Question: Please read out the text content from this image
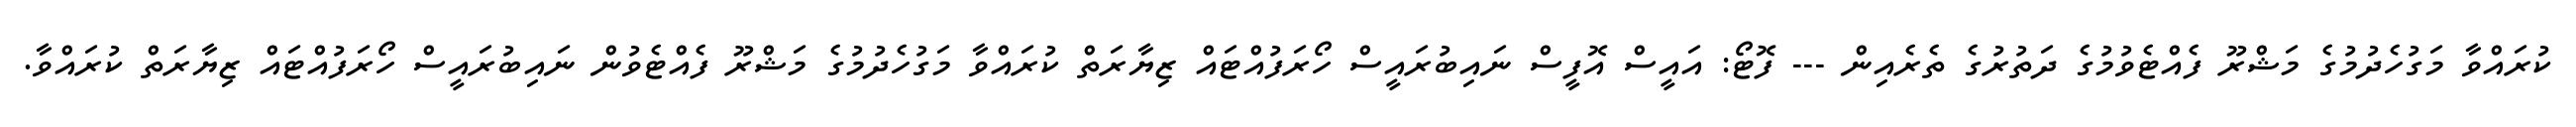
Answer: ކުރައްވާ މަގުހެދުމުގެ މަޝްރޫ ފެއްޓެވުމުގެ ދަތުރުގެ ތެރެއިން --- ފޮޓޯ: އައީސް އޮފީސް ނައިބުރައީސް ހޯރަފުއްޓައް ޒިޔާރަތް ކުރައްވާ މަގުހެދުމުގެ މަޝްރޫ ފެއްޓެވުން ނައިބުރައީސް ހޯރަފުއްޓައް ޒިޔާރަތް ކުރައްވާ.